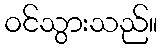
ဝင်သွားသည်။